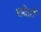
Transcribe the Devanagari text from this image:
खदेड़ी